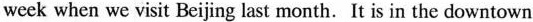
week when we visit Beijing last month. It is in the downtown